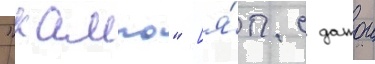
"кампо" [я́п. с датои